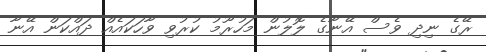
ރޭގެ ނިދި ވެސް އޭނާގެ ލޮލުން މަހުރޫމު ކުރުވި ވާހަކައެއް ދައްކަން އޭނާ